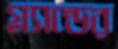
গ্ল্যান্ডের